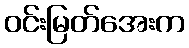
ဝင်းမြတ်အေးက